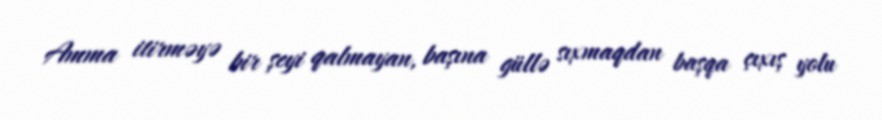
Amma itirməyə bir şeyi qalmayan, başına güllə sıxmaqdan başqa çıxış yolu